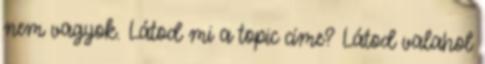
nem vagyok. Látod mi a topic címe? Látod valahol